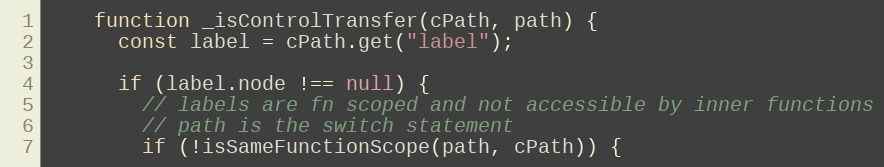
Language: JavaScript
    function _isControlTransfer(cPath, path) {
      const label = cPath.get("label");

      if (label.node !== null) {
        // labels are fn scoped and not accessible by inner functions
        // path is the switch statement
        if (!isSameFunctionScope(path, cPath)) {